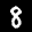
Label: 8